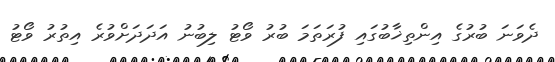
ދެވަނަ ބުރުގެ އިންތިޚާބުގައި ފުރަތަމަ ބުރު ވޯޓު ލިބުނު އަދަދަށްވުރެ އިތުރު ވޯޓު